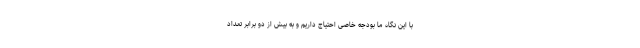
با این نگاه ما بودجه خاصی احتیاج داریم و به بیش از دو برابر تعداد